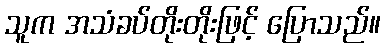
သူက အသံခပ်တိုးတိုးဖြင့် ပြောသည်။